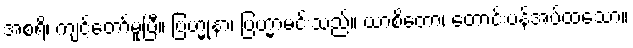
အစရိ၊ ကျင့်တော်မူပြီ။ ဗြဟ္မုနာ၊ ဗြဟ္မာမင်းသည်။ ယာစိတော၊ တောင်းပန်အပ်ထသော။